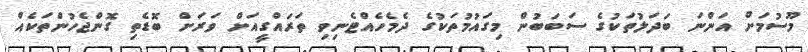
މޫސުމަށް އަންނަ ބަދަލުތަކުގެ ސަބަބުން މިގައުމުތަކުގެ ދެމެހެއްޓެނިވި ތަރައްގީއަށް ވަރަށް ބޮޑެތި ގޮންޖެހުންތަކެއް